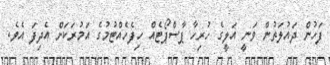
ފަހުން ދައުލަތުން ވަނީ އަލީގެ ހުރިހާ ޕާސްޕޯޓެއް ހިފެހެއްޓުމުގެ އަމުރަކަށް އެދިފަ އެވެ.